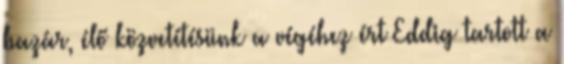
bazár, élő közvetítésünk a végéhez ért Eddig tartott a